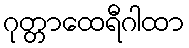
ဂုတ္တာထေရီဂါထာ